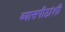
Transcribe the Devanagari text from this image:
व्यासपीठांशी